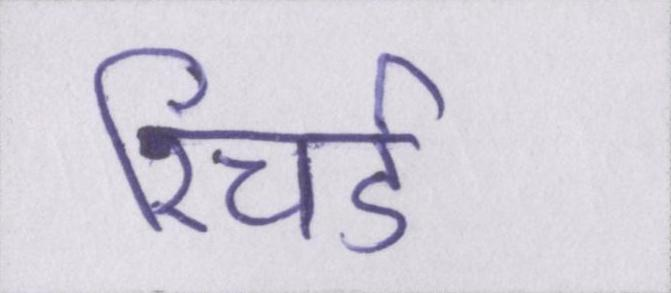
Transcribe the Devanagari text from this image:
रिचर्ड